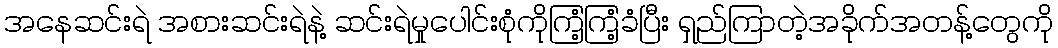
အနေဆင်းရဲ အစားဆင်းရဲနဲ့ ဆင်းရဲမှုပေါင်းစုံကိုကြံ့ကြံ့ခံပြီး ရှည်ကြာတဲ့အခိုက်အတန့်တွေကို